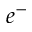
e ^ { - }